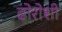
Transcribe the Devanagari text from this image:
ढोरोशी